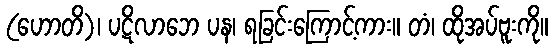
(ဟောတိ)၊ ပဋိလာဘေ ပန၊ ရခြင်းကြောင့်ကား။ တံ၊ ထိုအပ်ဗူးကို။